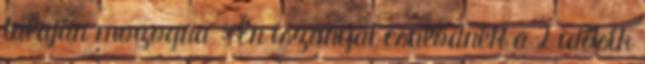
talaján mozogna : Én iszonyat csalódnék a 2 idősík